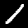
Digit: 1